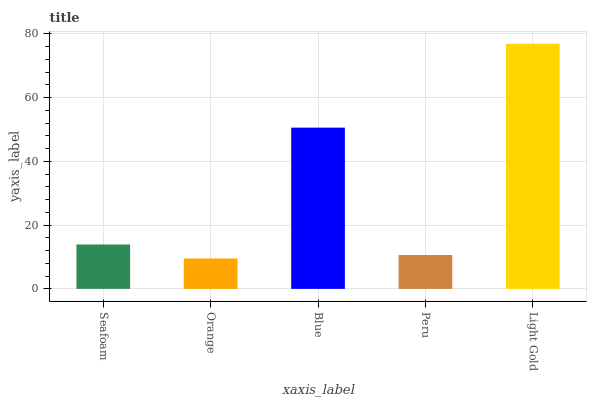
| xaxis_label | bars |
 | --- | --- |
 | Seafoam | 13.9 |
 | Orange | 9.55 |
 | Blue | 50.6 |
 | Peru | 10.6 |
 | Light Gold | 76.9 |